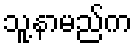
သူ့နာမည်က